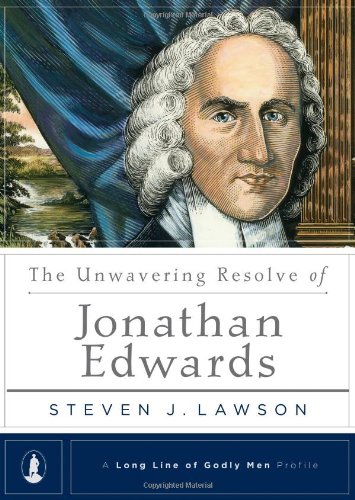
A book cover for The Unwavering Resolve of Jonathan Edwards (Long Line of Godly Men Profile); Steven J. Lawson; Travel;